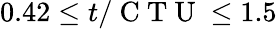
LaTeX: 0.42\leq t/\mathrm{~C~T~U~}\leq 1.5